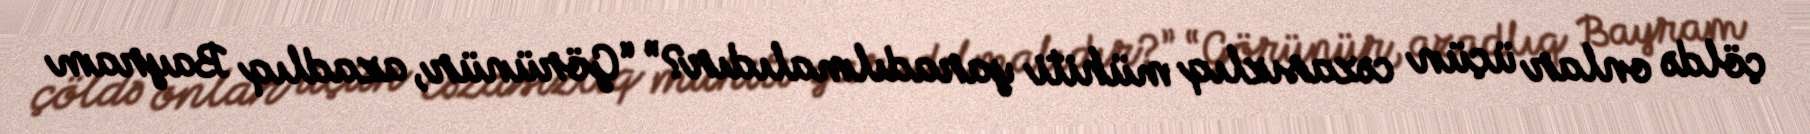
çöldə onlar üçün cəzasızlıq mühiti yaradılmalıdır?” “Görünür, azadlıq Bayram